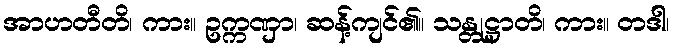
အာဟတီတိ၊ ကား။ ဥက္ကဏှာ၊ ဆန့်ကျင်၏။ သန္တုဋ္ဌာတိ၊ ကား။ တဒါ၊